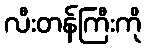
လီးတန်ကြီးကို